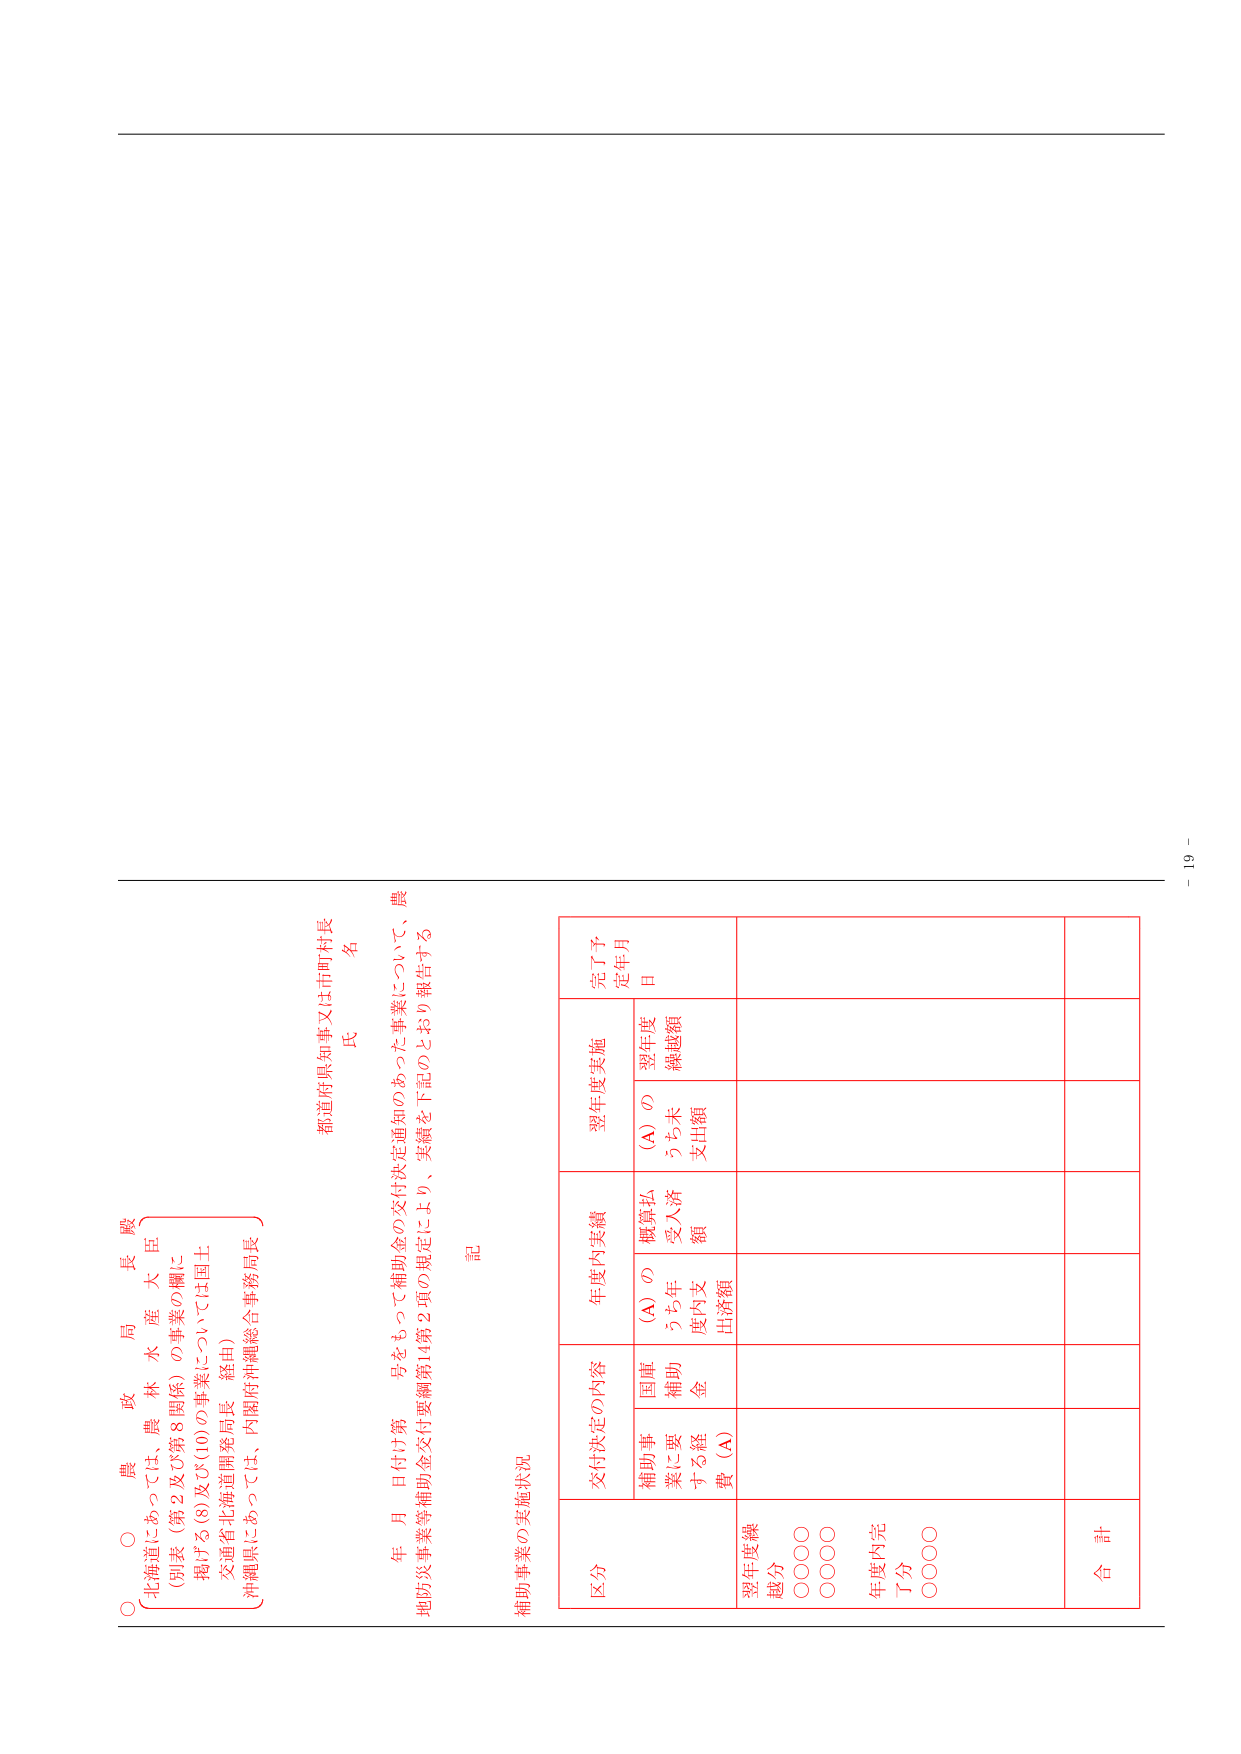
○ 農 政 局 長 殿
「北海道にあっては、農林水産大臣
（別表（第2及び第8関係）の事業の欄に
掲げる(8)及び(10)の事業については国土
交通省北海道開発局長 経由）
沖縄県にあっては、内閣府沖縄総合事務局長」

都道府県知事又は市町村長
名 氏

年 月 日付第 号をもって補助金の交付決定通知のあった事業について、農
地防災事業等補助金交付要綱第14第2項の規定により、実績を下記のとおり報告する

記

補助事業の実施状況

区 分 交付決定の内容 年度内実績 翌年度実施 完了予定年月日
　　補助事業に要する経費（A） 国庫補助金 （A）のうち年度内支出済額 概算払受入済額 （A）のうち未支出額 翌年度繰越額
翌年度繰越分 ○○○○
　　　　　○○○○
年度内完了分 ○○○○
合 計

－ 19 －